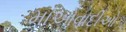
માઓવાદીઓ